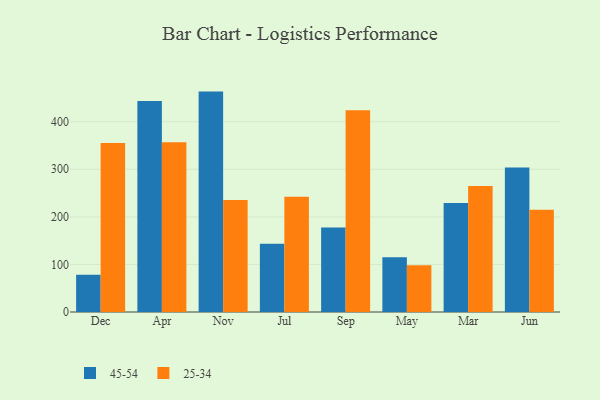
{"axis": {"x": "Month", "y": "Conversion Rate (%)"}, "legend": ["25-34", "45-54"], "data": [{"x": "Dec", "y": 78.4, "type": "45-54"}, {"x": "Dec", "y": 355.1, "type": "25-34"}, {"x": "Apr", "y": 443.5, "type": "45-54"}, {"x": "Apr", "y": 357.0, "type": "25-34"}, {"x": "Nov", "y": 463.3, "type": "45-54"}, {"x": "Nov", "y": 235.4, "type": "25-34"}, {"x": "Jul", "y": 143.5, "type": "45-54"}, {"x": "Jul", "y": 242.1, "type": "25-34"}, {"x": "Sep", "y": 177.7, "type": "45-54"}, {"x": "Sep", "y": 424.1, "type": "25-34"}, {"x": "May", "y": 115.0, "type": "45-54"}, {"x": "May", "y": 98.4, "type": "25-34"}, {"x": "Mar", "y": 229.1, "type": "45-54"}, {"x": "Mar", "y": 265.0, "type": "25-34"}, {"x": "Jun", "y": 303.7, "type": "45-54"}, {"x": "Jun", "y": 215.1, "type": "25-34"}]}